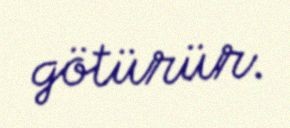
götürür.